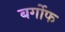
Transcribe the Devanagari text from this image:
बर्गोफ